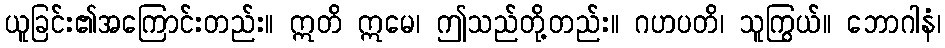
ယူခြင်း၏အကြောင်းတည်း။ ဣတိ ဣမေ၊ ဤသည်တို့တည်း။ ဂဟပတိ၊ သူကြွယ်။ ဘောဂါနံ၊